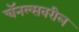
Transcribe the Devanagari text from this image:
चॅनल्सवरील